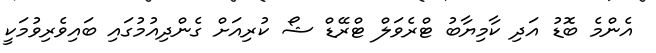
އެންމެ ބޮޑު އަދި ކާމިޔާބު ޓްރެވަލް ޓްރޭޑް ޝޯ ކުރިއަށް ގެންދިއުމުގައި ބައިވެރިވުމަކީ